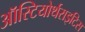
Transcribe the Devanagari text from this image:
ऑस्टियोर्थराइटिस